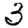
Digit: 3